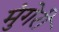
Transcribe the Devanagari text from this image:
मुंगेरी